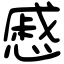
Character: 慼